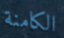
الكامنة